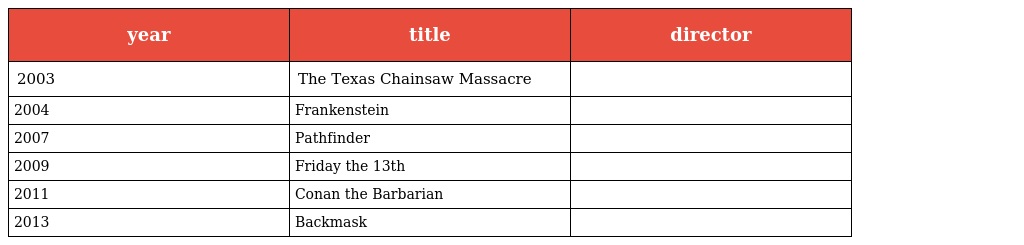
| year | title | director |
 | --- | --- | --- |
 | 2003 | The Texas Chainsaw Massacre |  |
 | 2004 | Frankenstein |  |
 | 2007 | Pathfinder |  |
 | 2009 | Friday the 13th |  |
 | 2011 | Conan the Barbarian |  |
 | 2013 | Backmask |  |